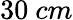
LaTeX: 30~cm